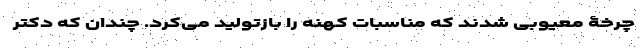
چرخۀ معیوبی شدند که مناسبات کهنه را بازتولید می‌کرد. چندان که دکتر